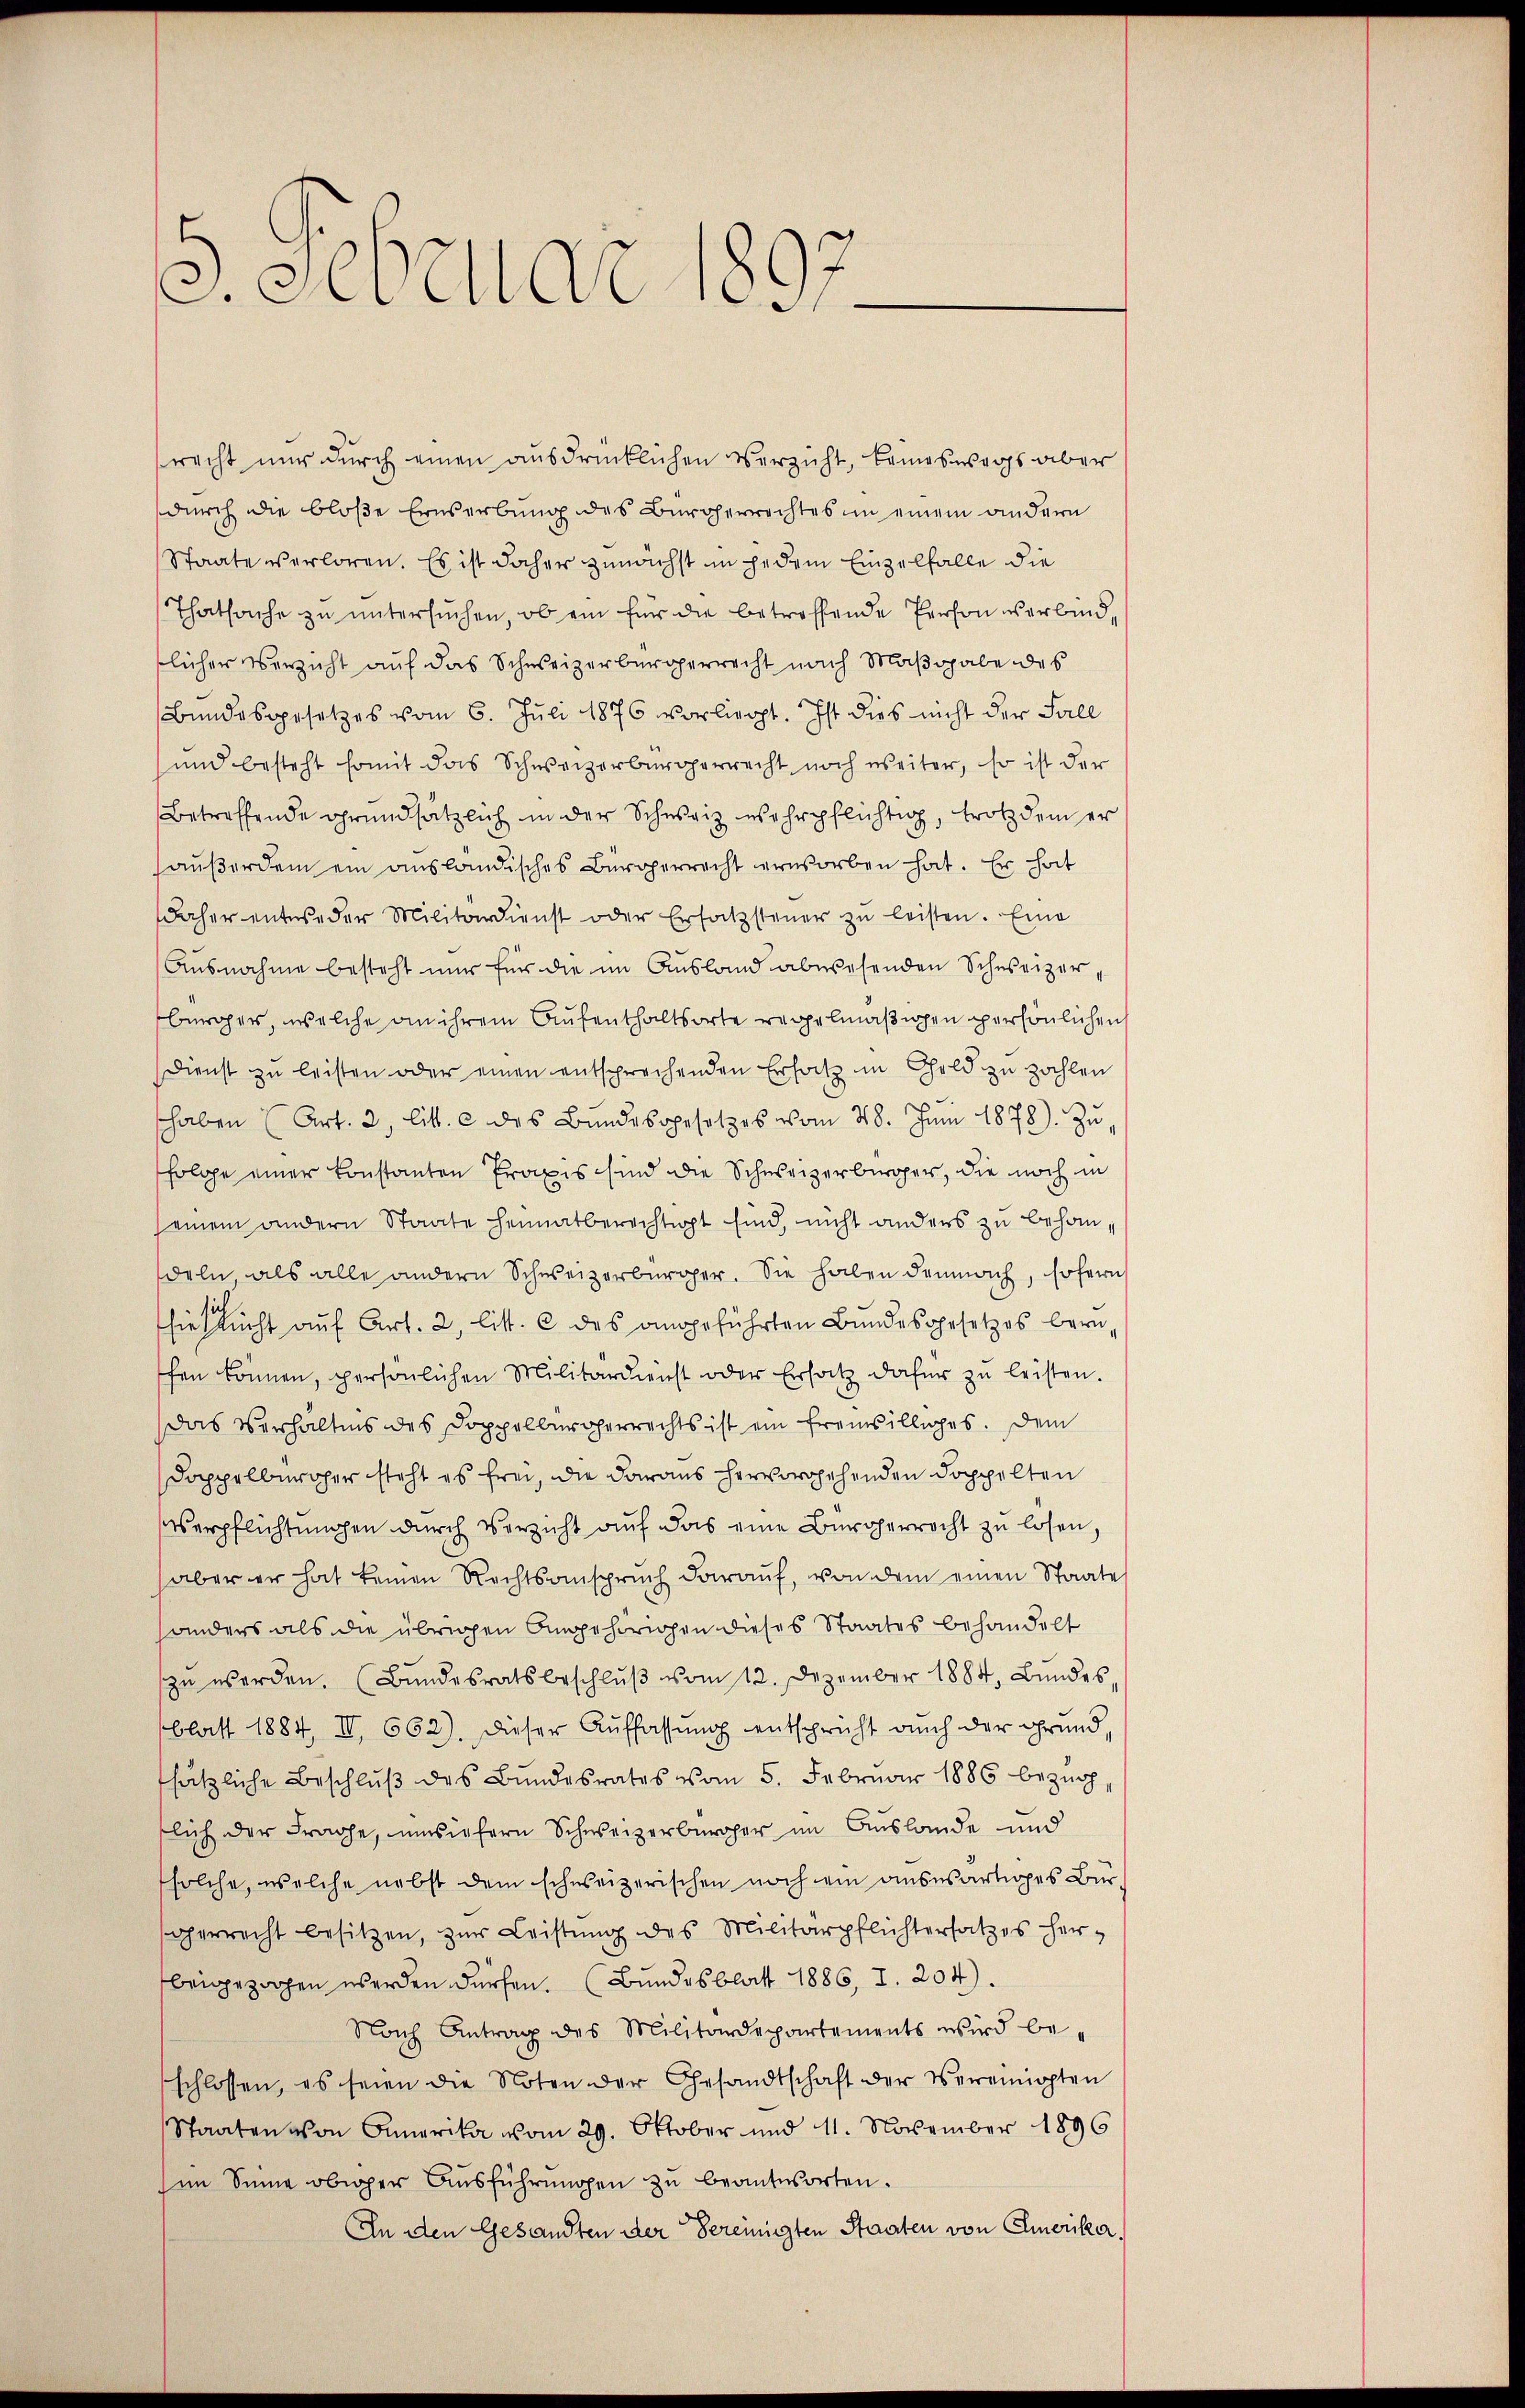
sebende

racht nur durch einen ausdrücklichen Verzicht, keineswegs aber
durch die bloße Erwerbung des Bürgerrechtes in einem andern
Staate verloren. Es ist daher zunächst in jedem Einzelfalle die
Thatsache zŭ ŭntersŭchen, ob ein für die betreffende Person verbind,
tlicher Verzicht auf das Schweizerbürgerrecht nach Maßgabe des
Bundesgesetzes vom 6. Juli 1876 vorliegt. Ist dies nicht der Fall
und besteht somit das Schweizerbürgerrecht noch weiter, so ist der
Betreffende grundsätzlich in der Schweiz wehrpflichtig, trotz dem er
haußerdem ein ausländisches Bürgerrecht erworben hat. Er hat
daher entweder Militärdienst oder Ersatzsteuer zŭ leisten. Eine
Ausnahme besteht nur für die im Ausland abwesenden Schweizerbürger, welche an ihrem Aufenthaltsorte regelmäßigen persönlichen
Dienst zŭ leisten oder einen entsprechenden Ersatz in Geld zu zahlen
shaben (Art. 2, litt. c des Bŭndesgesetzes vom 28. Jŭni 1878). Zŭ-
folge einer konstanten Praxis sind die Schweizerbürger, die noch in
seinem andern Staate heimatberechtigt sind, nicht anders zu behandeln als alle andern Schweizerbürger. Sie haben demnach, sofern
sich
siehsŭcht aŭf Art. 2, litt. c des angeführten Bŭndesgesetzes bern,
chen können, persönlichen Militärdienst oder Ersatz dafür zu leisten.
Das Verhältnis des Doppelburgerrechts ist ein freiwilliges. Dem
Doppelberoher steht es frei, die daraus hervorgehenden Doppelten
Verpflichtŭngen dŭrch Verzicht aŭf das eine Bürgerrecht zu lösen,
aber er hat keinen Rechtsanspruch darauf, von dem einen Staate
anders als die übrigen Angehörigen dieses Staates behandelt
zŭ werden. (Bŭndesratsbeschlŭβ vom 12. Dezember 1884, Bŭndes-
blatt 1884, II 662). Dieser Aŭffassŭng entspricht aŭch der Grund,
sätzliche Beschlŭβ des Bundesrates vom 5. Februar 1886 bezüg
slich der Frage, umsiefern Schweizerbürger im Auslande und
solche, welche nebst dem schweizerischen noch ein auswärtiges Bürgerrecht besitzen, zŭr Leistŭng des Militärpflichtersatzes her-
beigezogen werden dürfen. (Bundesblatt 1886, I. 204).
Nach Antrag des Militärdepartements wird be-
schlossen, es seien die Noten der Gesandtschaft der Vereinigten
Staaten von Anmerika vom 29. Oktober und 11. November 1896
im Sinne obiger Ausführungen zu beantworten.
In den Gesandten der bereinigten Staaten von Emerika,